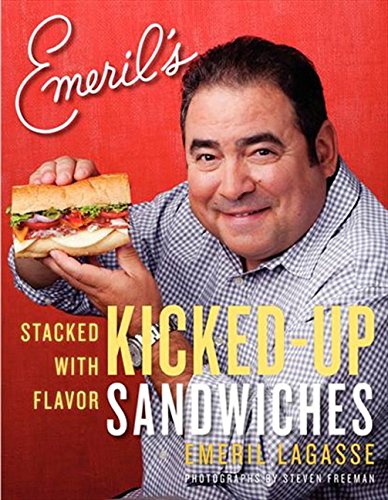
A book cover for Emeril's Kicked-Up Sandwiches: Stacked with Flavor; Emeril Lagasse; Cookbooks, Food & Wine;